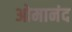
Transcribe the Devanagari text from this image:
ओमानंद